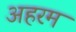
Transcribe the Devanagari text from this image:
अहरम